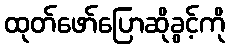
ထုတ်ဖော်ပြောဆိုခွင့်ကို